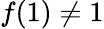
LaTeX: f(1)\neq 1